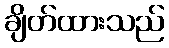
ချိတ်ထားသည်